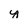
Character: y